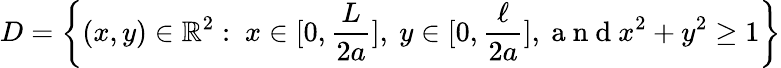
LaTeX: D=\left\{ (x,y)\in\mathbb{R}^{2}:\ x\in[0,\frac{L}{2a}],\ y\in[0,\frac{\ell}{2a}],\mathrm{~a~n~d~}x^{2}+y^{2}\geq 1\right\}